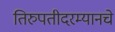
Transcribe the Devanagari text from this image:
तिरुपतीदरम्यानचे